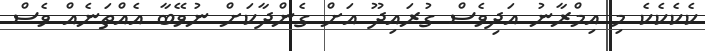
ކެކެކެކެ މި އިމްރާނު އަދިވެސް ގުރައިދޫ އަށް ގެންދާކަށް ނުވޭބާ އެއްތަނެއް ވެސް